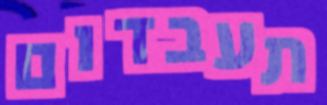
תעבדום